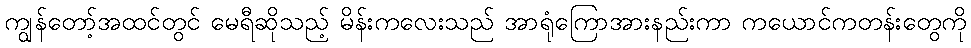
ကျွန်တော့်အထင်တွင် မေရီဆိုသည့် မိန်းကလေးသည် အာရုံကြောအားနည်းကာ ကယောင်ကတန်းတွေကို